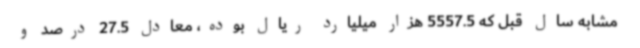
مشابه سال قبل که 5557.5 هزار میلیارد ریال بوده، معادل 27.5 درصد و